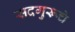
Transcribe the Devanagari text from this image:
सदगुरूचे